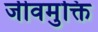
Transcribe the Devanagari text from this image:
जीवमुक्ति